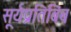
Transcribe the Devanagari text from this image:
सूर्यप्रतिबिंब